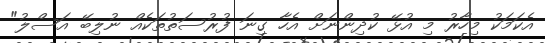
އެކަމަކު މިހާރު މި އުޅޭ ކުދިންނަށް އެހާ ގިނަ ފުރުސަތުތަކެއް ނުލިބޭ އަސްލު"